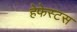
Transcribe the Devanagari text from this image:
हेफेस्टस